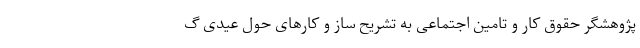
پژوهشگر حقوق کار و تامین اجتماعی به تشریح ساز و کارهای حول عیدی گ